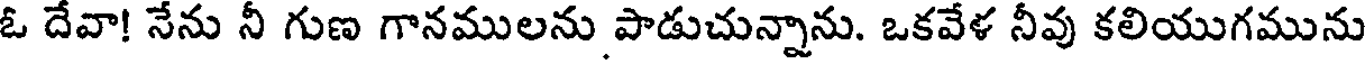
ఓ దేవా! నేను నీ గుణ గానములను పాడుచున్నాను. ఒకవేళ నీవు కలియుగమును